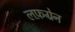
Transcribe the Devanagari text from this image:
लफ़ग्रेन